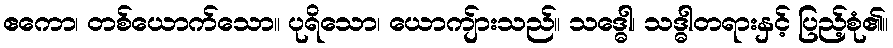
ဧကော၊ တစ်ယောက်သော။ ပုရိသော၊ ယောကျ်ားသည်။ သဒ္ဓေါ၊ သဒ္ဓါတရားနှင့် ပြည့်စုံ၏။